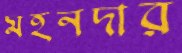
মহনদার